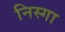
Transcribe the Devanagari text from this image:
निस्गा